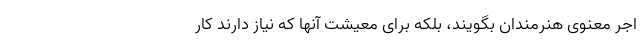
اجر معنوی هنرمندان بگویند، بلکه برای معیشت آنها که نیاز دارند کار